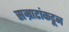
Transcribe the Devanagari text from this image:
सम्राटांकडून